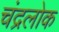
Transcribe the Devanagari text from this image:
चंद्रलोक